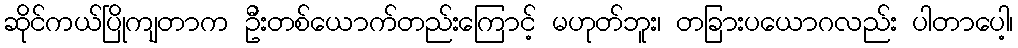
ဆိုင်ကယ်ပြိုကျတာက ဦးတစ်ယောက်တည်းကြောင့် မဟုတ်ဘူး၊ တခြားပယောဂလည်း ပါတာပေါ့၊